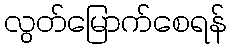
လွတ်မြောက်စေရန်